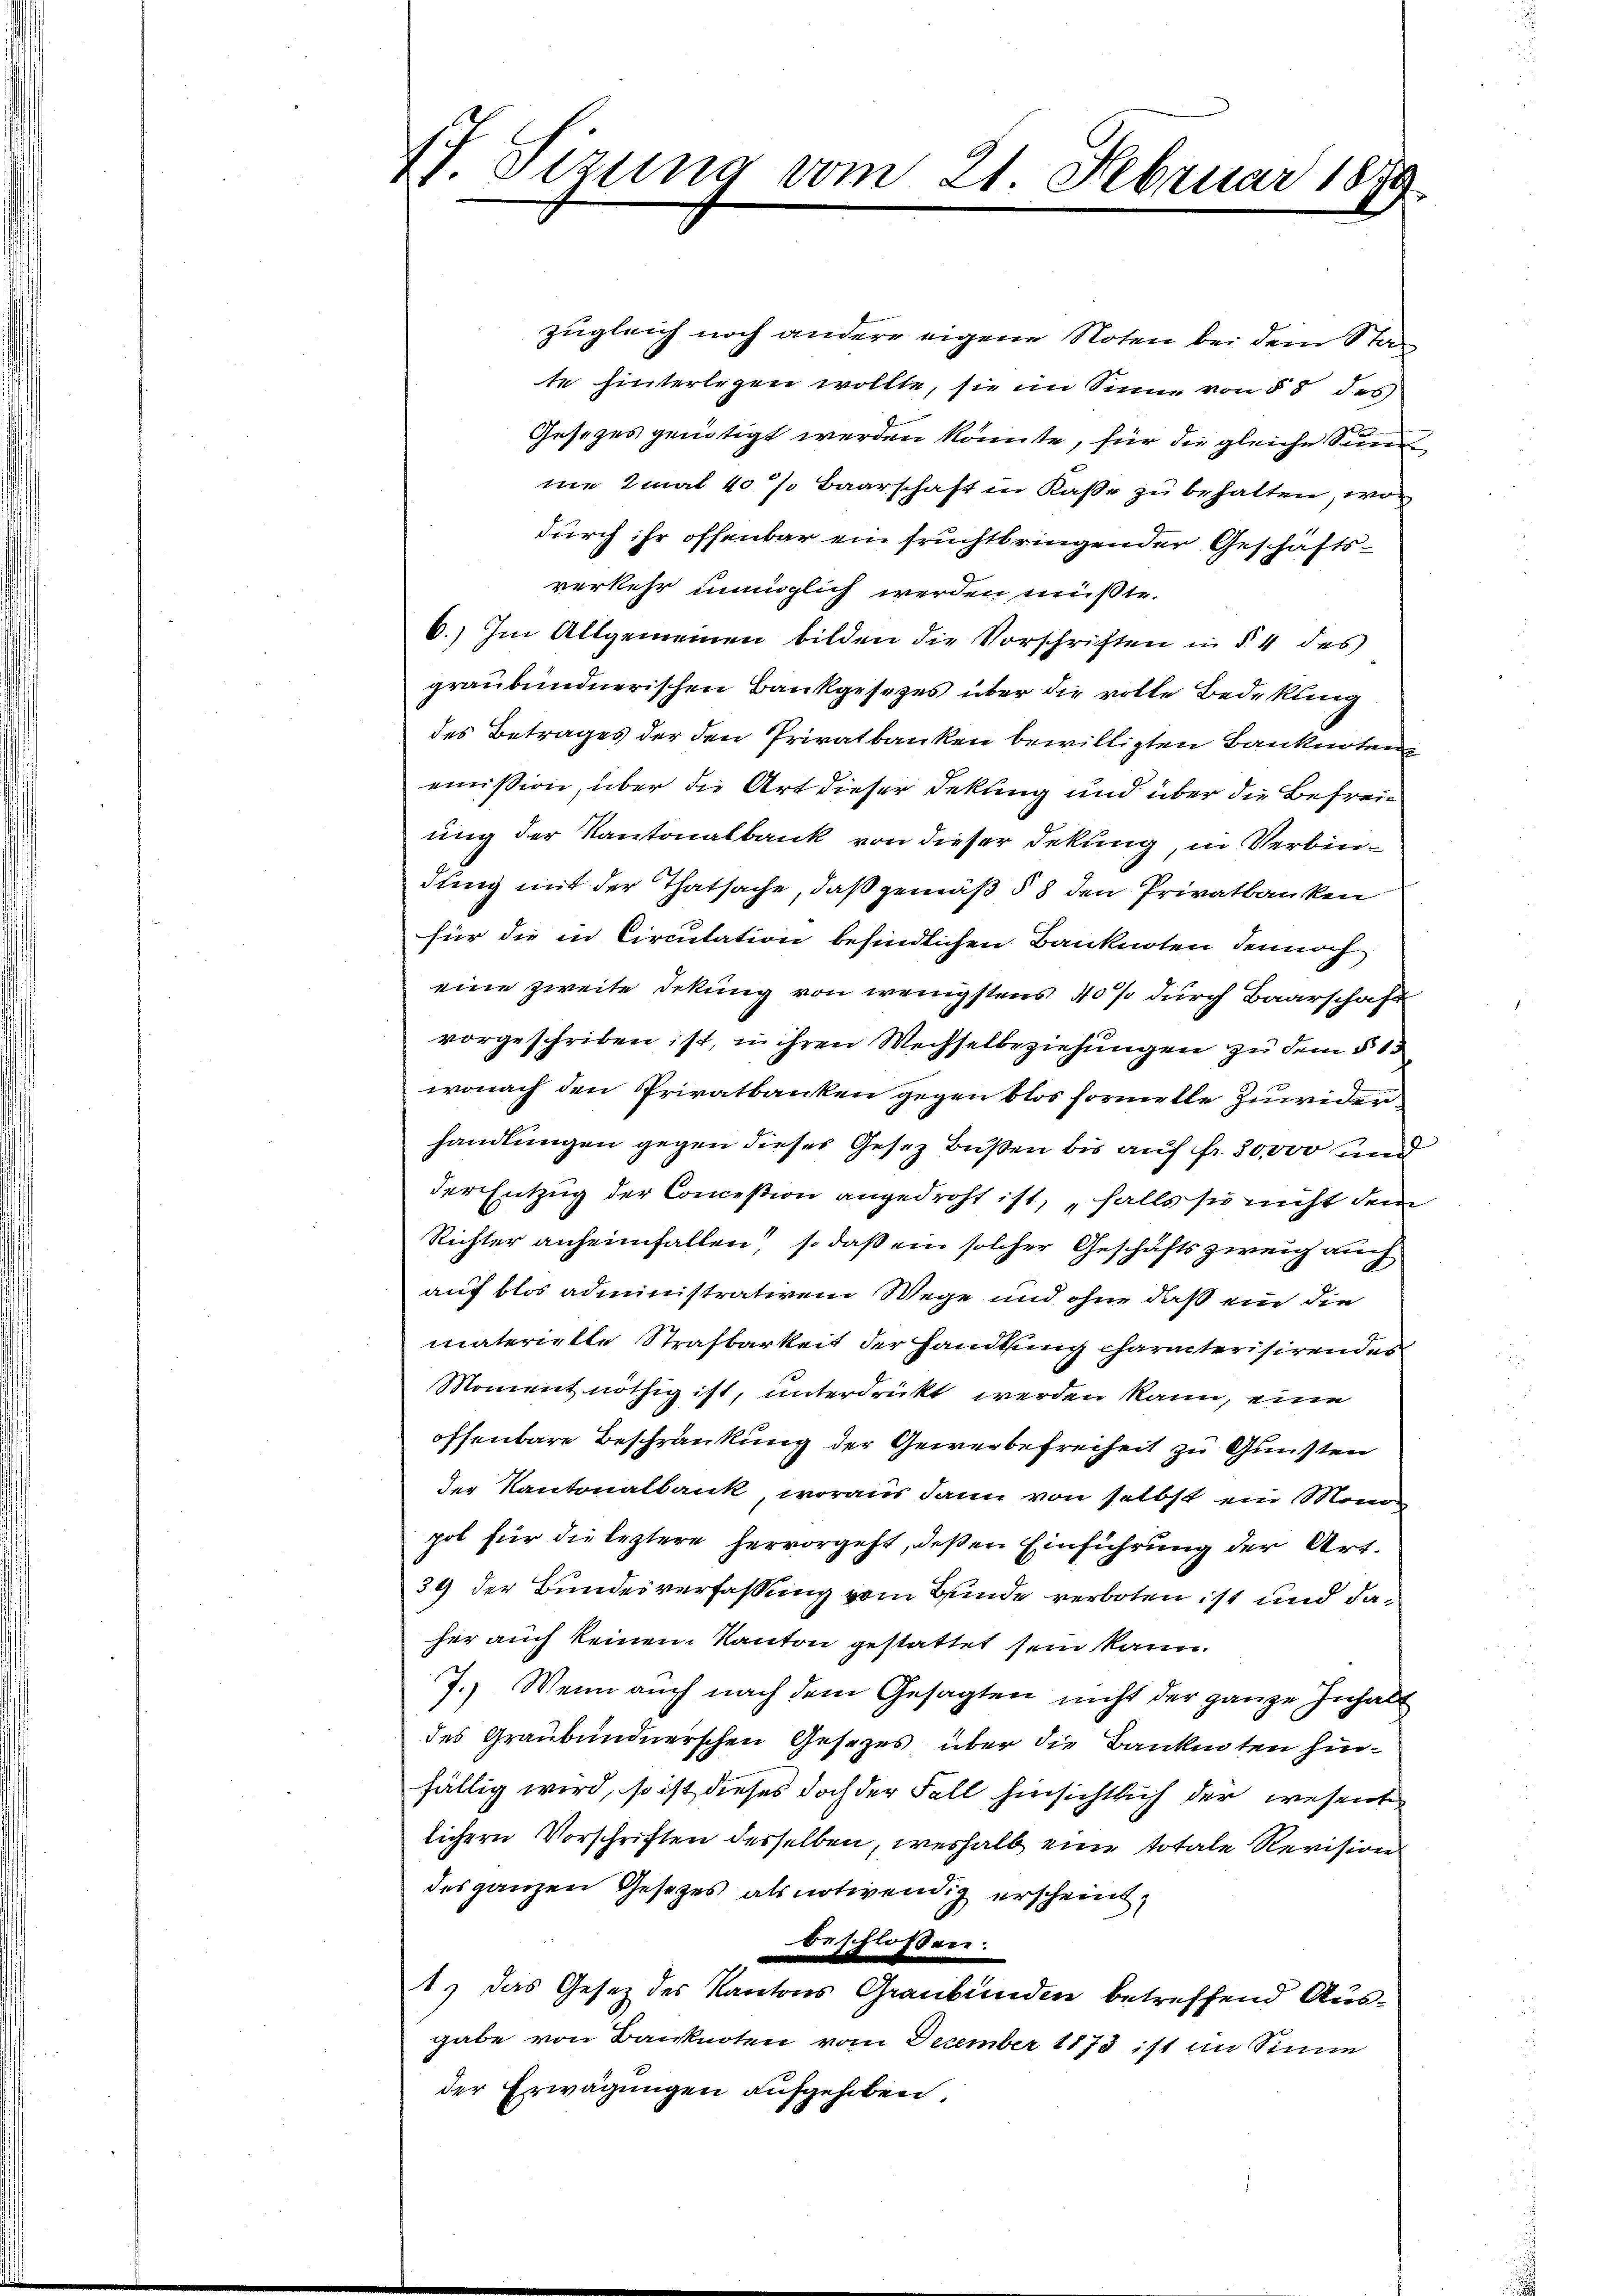
17. Sizung vom 21. Februar 1879.

zugleich noch andere eigene Noten bei dem State hinterlegen wollte, sie im Sinne von § 8 des
Gesezes genötigt werden könnte, für die gleiche Sin
me 2mal 40% Baarschaft in Kasse zu behalten, wo
durch ihr offenbar ein fruchtbringender Geschäftsverkehr möglich werden müßte.
6.) Im Allgemeinen bilden die Vorschriften in § 4 des
graubündnerischen Bankgesezes über die volle Bedekung
des Betrages der den Privatbanken bewilligten Bankenten
emission, über die Art dieser Sekung und über die Befreiung der Kantonalbank von dieser Dekung, in Verbindung mit der Thatsache, daß gemäß § 8 den Privatbanken
für die in Circulation befindlichen Banknoten dennoch
eine zweite dekung von wenigstens 40% durch Baarschaft
vorgeschriben ist, in ihren Wechselbeziehungen zu dem § 13
wonach den Privatbanken gegen blos formelle Zuwiderhandlungen gegen dieses Gesetz büßen bis auf fr. 50,000 und
der Entzug der Concession angedroht ist, „falls sie nicht dem
Richter anheimfallen so daß ein solcher Geschäfts zweig auch
auf blos administrativem Wege und ohne daß ein die
materielle Strafbarkeit der Handlung characterisirendes
Moment nöthig ist, unterdrückt werden kann, eine
offenbare Beschränkung der Gewerbefreiheit zu Gunsten
der Kantonalbank, woraus dann von selbst ein Monog
pol für die leztere hervorgeht, deßen Einführung der Art.
39 der Bundesverfassung vom Bunde verboten ist und daher auch keinem Kanton gestattet sein kann.
7.) Wenn auch nach dem Gesagten nicht der ganze Inhalt
des Graubündnerschen Gesetzes, über die Bankenten hinfällig wird, so ist dieses doch der Fall hinsichtlich der wesent
lichern Vorschriften desselben, weshalb eine totale Revision
des ganzen Gesetzes als notwendig erscheint,
beschlossen:
1.) Das Gesetz des Kantons Graubünden betreffend Ausgabe von Banknoten vom December 1873 ist im Sinne
der Erwägungen aufgehoben.